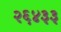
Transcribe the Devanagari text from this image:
२६४३३